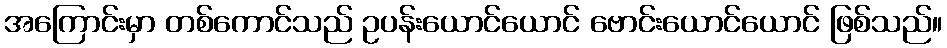
အကြောင်းမှာ တစ်ကောင်သည် ဥပန်းယောင်ယောင် ဗောင်းယောင်ယောင် ဖြစ်သည်။